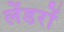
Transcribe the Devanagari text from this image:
लेंडरों